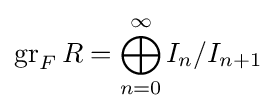
\operatorname {gr} _{F}R=\bigoplus _{n=0}^{\infty }I_{n}/I_{n+1}